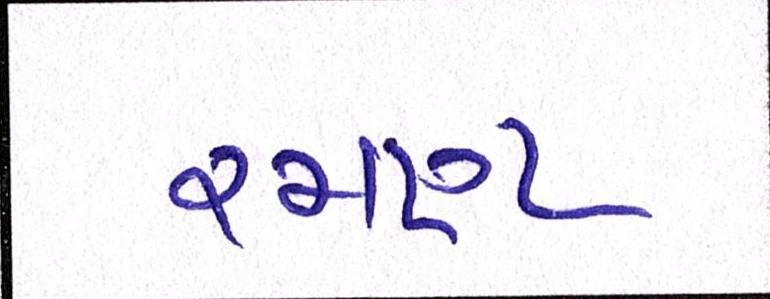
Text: રમણ